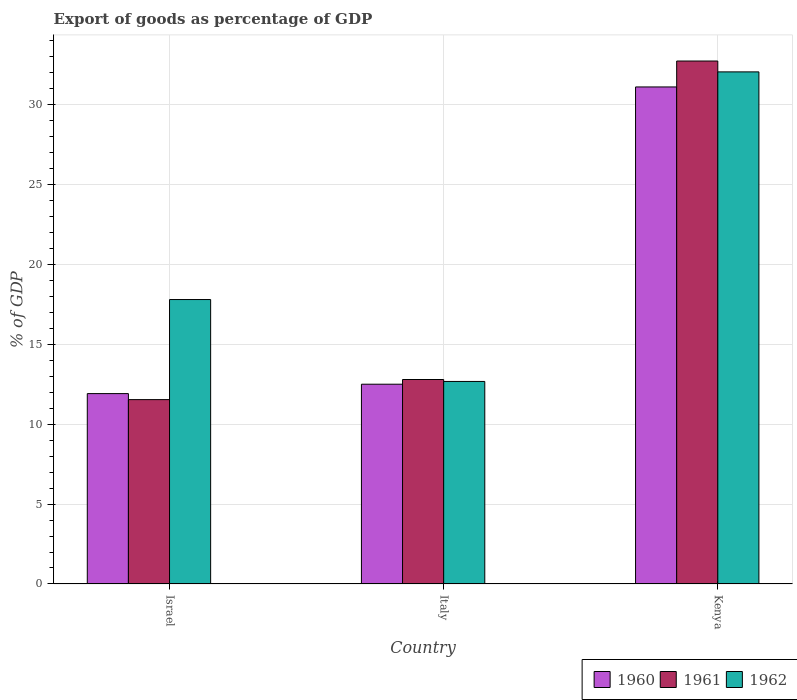
| Country | 1960 | 1961 | 1962 |
 | --- | --- | --- | --- |
 | Israel | 11.9 | 11.5 | 17.8 |
 | Italy | 12.5 | 12.8 | 12.7 |
 | Kenya | 31.1 | 32.7 | 32 |